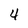
Character: 4